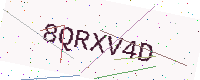
Text: 8QRXV4D